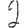
Digit: 2